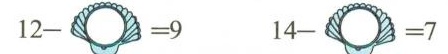
$$1 2 - = 9$$ $$1 4 - = 7$$